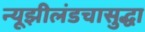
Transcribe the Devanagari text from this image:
न्यूझीलंडचासुद्धा